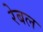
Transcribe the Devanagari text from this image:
रेबल